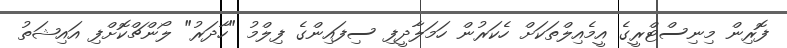
ފޮރިން މިނިސްޓްރީގެ އީމެއިލްތަކަށް ހެކަރުން ހަމަލާދީފި ސިފައިންގެ ފިލްމު "ހާދަރު" ލޯންޗްކޮށްފި އައިޝަތު